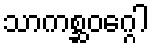
သာကစ္ဆဝဂ္ဂေါ